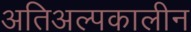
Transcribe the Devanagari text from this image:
अतिअल्पकालीन